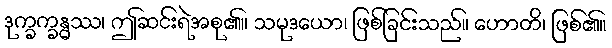
ဒုက္ခက္ခန္ဓဿ၊ ဤဆင်းရဲအစု၏။ သမုဒယော၊ ဖြစ်ခြင်းသည်။ ဟောတိ၊ ဖြစ်၏။